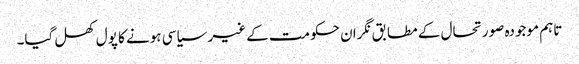
تاہم موجودہ صورتحال کے مطابق نگران حکومت کے غیر سیاسی ہونے کا پول کھل گیا۔